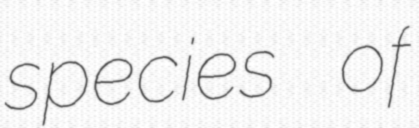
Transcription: species of